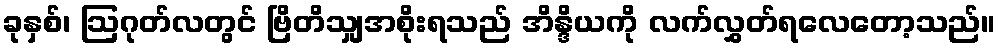
ခုနှစ်၊ ဩဂုတ်လတွင် ဗြိတိသျှအစိုးရသည် အိန္ဒိယကို လက်လွှတ်ရလေတော့သည်။